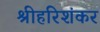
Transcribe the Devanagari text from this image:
श्रीहरिशंकर